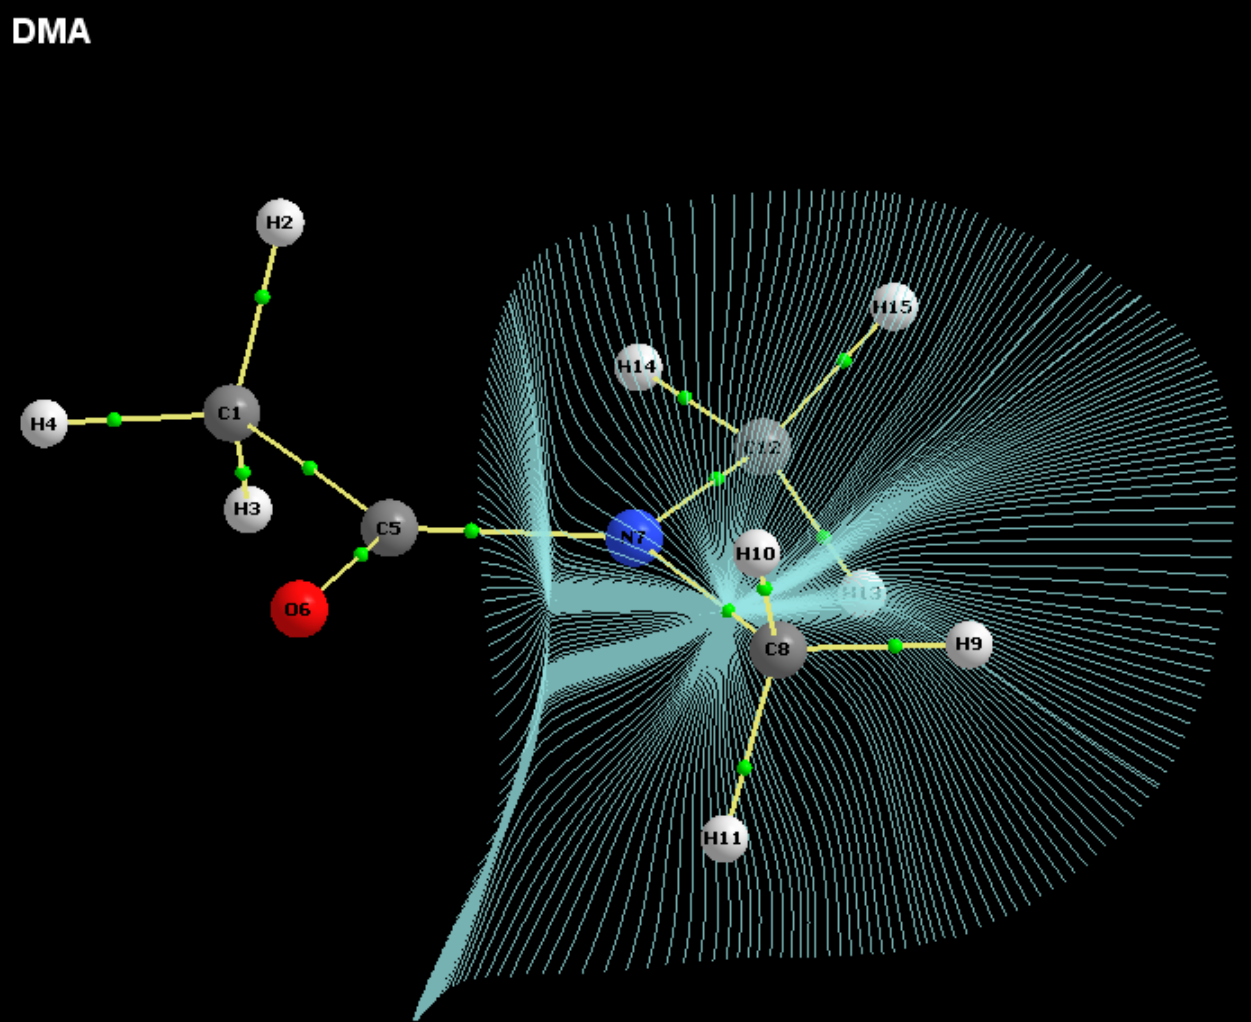
aimaii, QTAIM, interatomic path